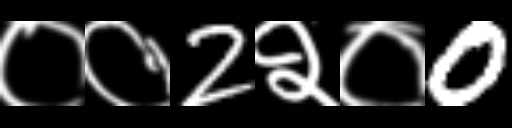
Text: ००2२०0